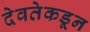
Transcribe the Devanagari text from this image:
देवतेकडून